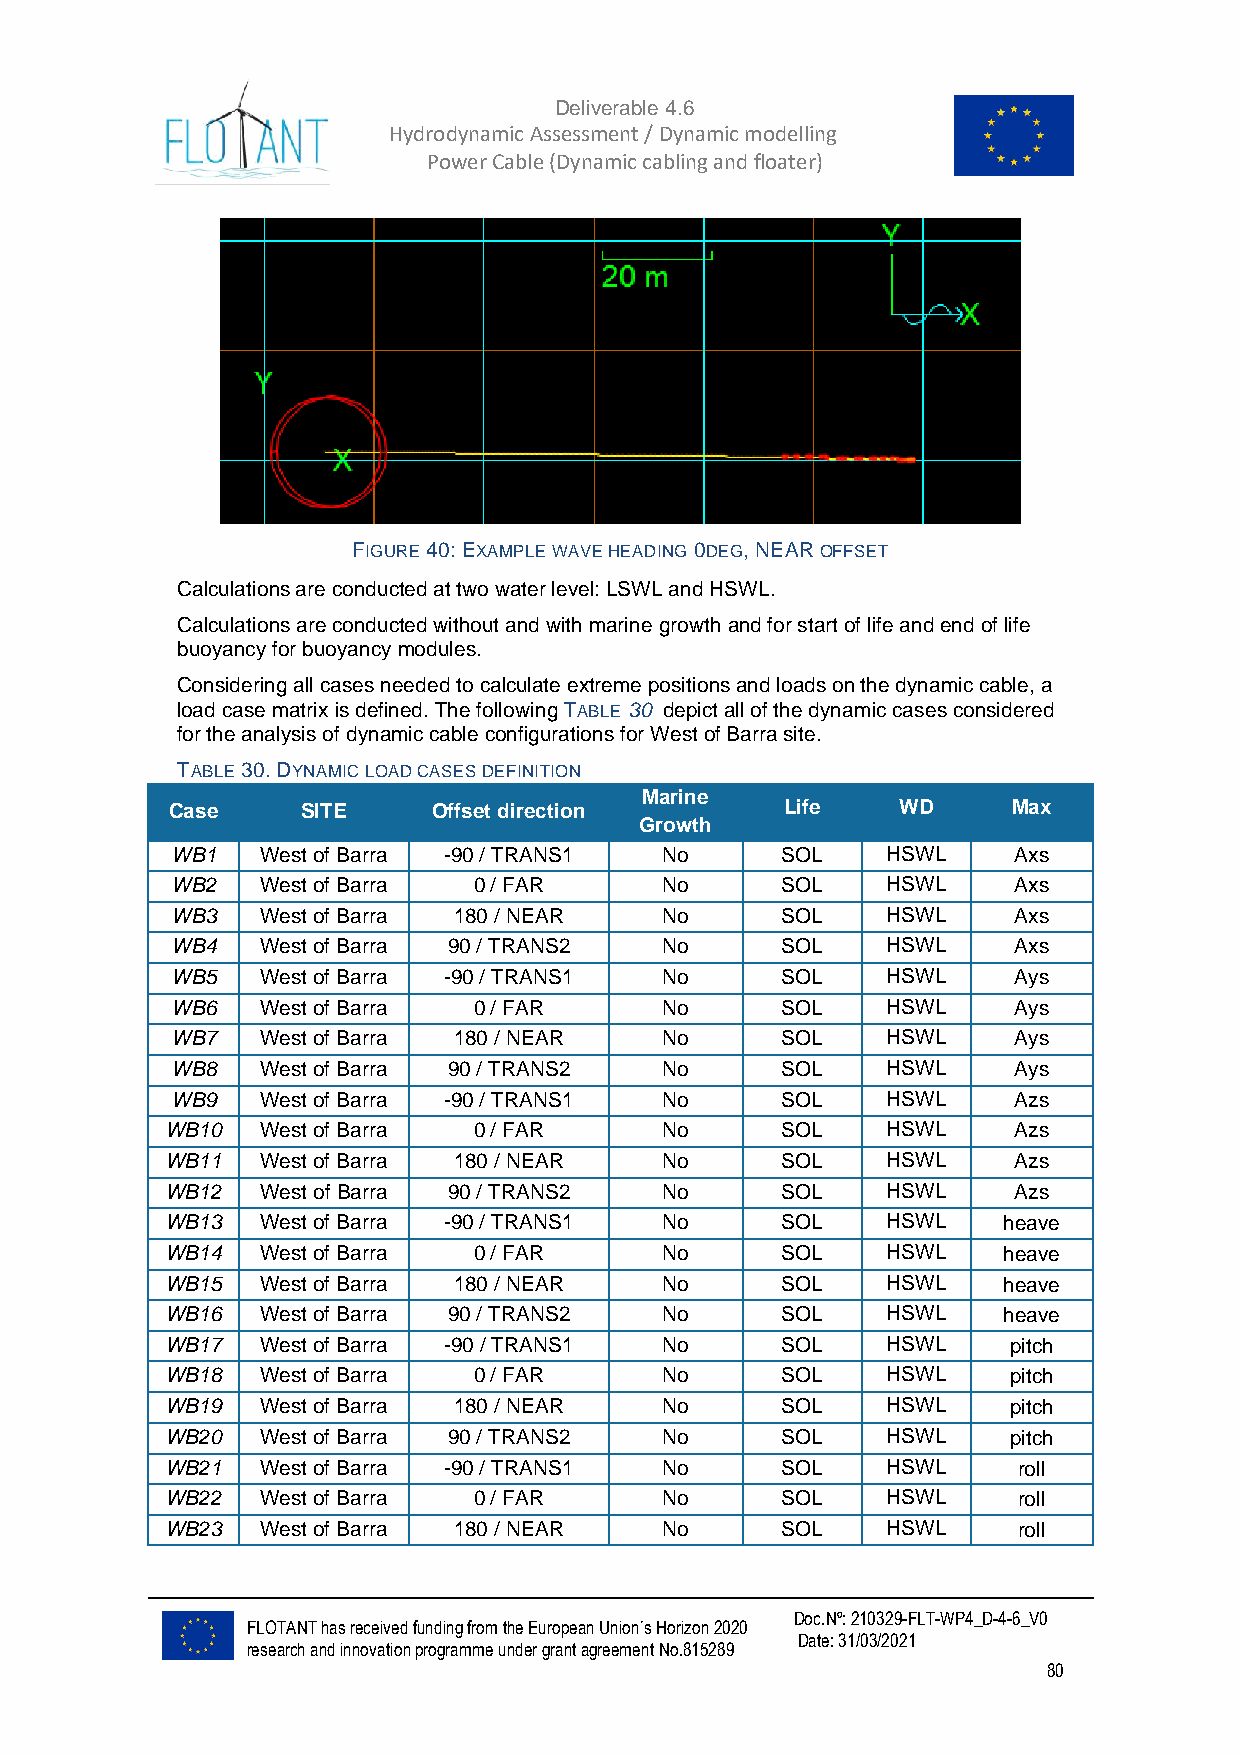
Deliverable 4.6
 Hydrodynamic Assessment / Dynamic modelling of
 Power Cable (Dynamic cabling and floater)
 FIGURE 40: EXAMPLE WAVE HEADING 0DEG, NEAR OFFSET
 Calculations are conducted at two water level: LSWL and HSWL.
 Calculations are conducted without and with marine growth and for start of life and end of life
 buoyancy for buoyancy modules.
 Considering all cases needed to calculate extreme positions and loads on the dynamic cable, a
 load case matrix is defined. The following TABLE 30 depict all of the dynamic cases considered
 for the analysis of dynamic cable configurations for West of Barra site.
 TABLE 30. DYNAMIC LOAD CASES DEFINITION
 Marine
 Case     SITE     Offset direction       Life   WD      Max
 Growth
 WB1   West of Barra -90 / TRANS1 No      SOL    HSWL    Axs
 WB2   West of Barra 0 / FAR      No      SOL    HSWL    Axs
 WB3   West of Barra 180 / NEAR   No      SOL    HSWL    Axs
 WB4   West of Barra 90 / TRANS2  No      SOL    HSWL    Axs
 WB5   West of Barra -90 / TRANS1 No      SOL    HSWL    Ays
 WB6   West of Barra 0 / FAR      No      SOL    HSWL    Ays
 WB7   West of Barra 180 / NEAR   No      SOL    HSWL    Ays
 WB8   West of Barra 90 / TRANS2  No      SOL    HSWL    Ays
 WB9   West of Barra -90 / TRANS1 No      SOL    HSWL    Azs
 WB10  West of Barra 0 / FAR      No      SOL    HSWL    Azs
 WB11  West of Barra 180 / NEAR   No      SOL    HSWL    Azs
 WB12  West of Barra 90 / TRANS2  No      SOL    HSWL    Azs
 WB13  West of Barra -90 / TRANS1 No      SOL    HSWL   heave
 WB14  West of Barra 0 / FAR      No      SOL    HSWL   heave
 WB15  West of Barra 180 / NEAR   No      SOL    HSWL   heave
 WB16  West of Barra 90 / TRANS2  No      SOL    HSWL   heave
 WB17  West of Barra -90 / TRANS1 No      SOL    HSWL    pitch
 WB18  West of Barra 0 / FAR      No      SOL    HSWL    pitch
 WB19  West of Barra 180 / NEAR   No      SOL    HSWL    pitch
 WB20  West of Barra 90 / TRANS2  No      SOL    HSWL    pitch
 WB21  West of Barra -90 / TRANS1 No      SOL    HSWL    roll
 WB22  West of Barra 0 / FAR      No      SOL    HSWL    roll
 WB23  West of Barra 180 / NEAR   No      SOL    HSWL    roll
 Doc.Nº: 210329-FLT-WP4_D-4-6_V0
 FLOTANT has received funding from the European Union´s Horizon 2020
 Date: 31/03/2021
 research and innovation programme under grant agreement No.815289
 80